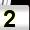
Digit: 2